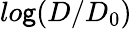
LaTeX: lo\mathsf{g}(D/D_{0})